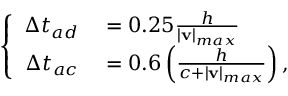
\left\{ \begin{array} { r l } { \Delta t _ { a d } } & { { } = 0 . 2 5 \frac { h } { \left| \mathbf { v } \right| _ { m a x } } } \\ { \Delta t _ { a c } } & { { } = 0 . 6 \left( \frac { h } { c + \left| \mathbf { v } \right| _ { m a x } } \right) , } \end{array} \right.